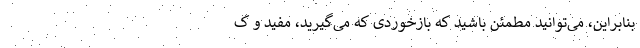
بنابراین، می‌توانید مطمئن باشید که بازخوردی که می‌گیرید، مفید و ک